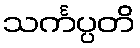
သင်္ကပ္ပတိ